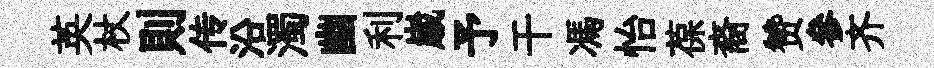
英杖則传沿濁幽利𡻕予干馮怡葆裔赞參齐